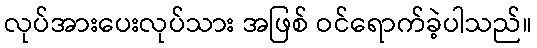
လုပ်အားပေးလုပ်သား အဖြစ် ဝင်ရောက်ခဲ့ပါသည်။